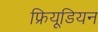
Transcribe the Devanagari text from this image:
फ्रियूडियन